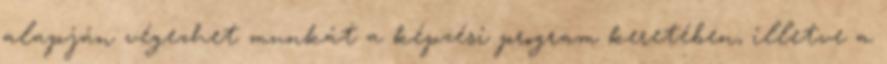
alapján végezhet munkát a képzési program keretében, illetve a